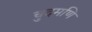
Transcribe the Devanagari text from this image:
चुदमणि